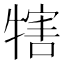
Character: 犗